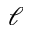
\ell